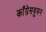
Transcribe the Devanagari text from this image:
काँग्रेसवुमन